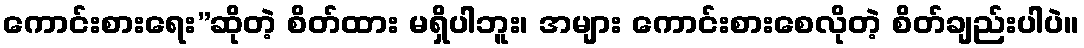
ကောင်းစားရေး”ဆိုတဲ့ စိတ်ထား မရှိပါဘူး၊ အများ ကောင်းစားစေလိုတဲ့ စိတ်ချည်းပါပဲ။